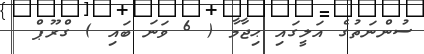
ސުންނަތުގެ އަލީގައި ޙިޖާމާ ( 6 ވަނަ ބައި ) ގްރޫޕް